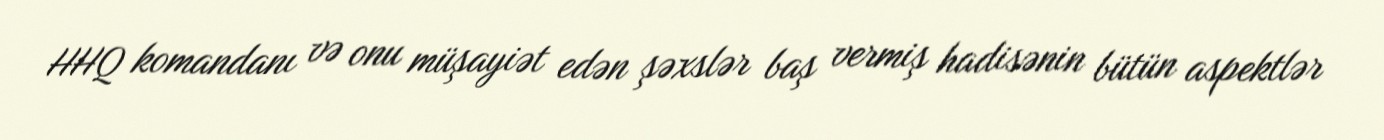
HHQ komandanı və onu müşayiət edən şəxslər baş vermiş hadisənin bütün aspektlər